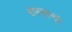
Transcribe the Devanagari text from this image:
सस्सान्द्रा